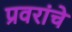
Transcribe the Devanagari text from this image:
प्रवरांचे